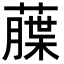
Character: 𦼶